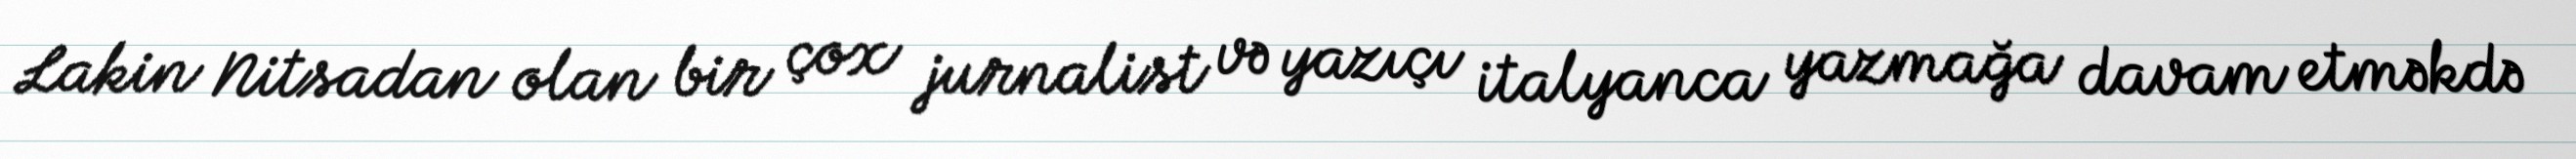
Lakin Nitsadan olan bir çox jurnalist və yazıçı italyanca yazmağa davam etməkdə